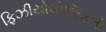
ફિઝીયોલોજિકલી